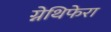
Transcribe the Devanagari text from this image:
ग्नेथिफेरा